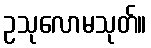
ဥသုလောမသုတ်။